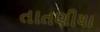
તાતણીયા